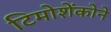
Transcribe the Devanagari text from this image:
टिमोशेंकोने